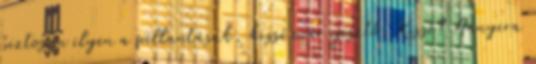
biztosan ilyen a pillantásuk, kissé már ijesztő. Kissé? Annyira